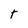
Character: t